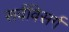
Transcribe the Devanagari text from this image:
सर्वविसर्ग